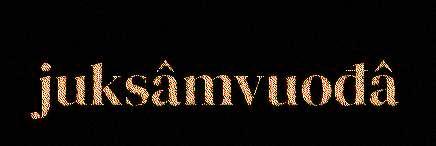
juksâmvuođâ